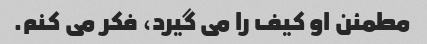
مطمئن او کیف را می گیرد، فکر می کنم.